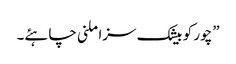
”چور کو بیشک سزا ملنی چاہئے۔